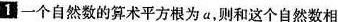
1 一个自然数的算术平方根为a，则和这个自然数相